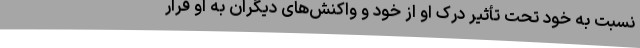
نسبت به خود تحت تأثیر درک او از خود و واکنش‌های دیگران به او قرار